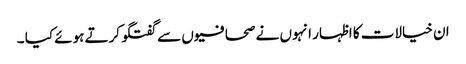
ان خیالات کا اظہار انہوں نے صحافیوں سے گفتگو کرتے ہوئے کیا ۔